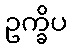
ဥက္ခိပ